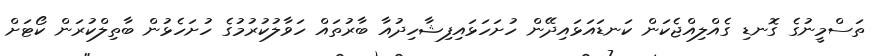
ތަސްމީނުގެ ގޮނޑި ގެއްލިއްޖެކަން ކަނޑައަޅައިދޭން ހުށަހަޅައިފިޝާހިދުއާ ބާރުތައް ހަވާލުކުރުމުގެ ހުށަހެޅުން ބާތިލްކުރަން ކޯޓަށް